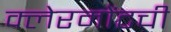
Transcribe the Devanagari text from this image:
क्लेरमोंटची